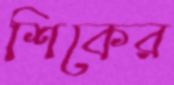
শিকের